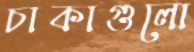
চাকাগুলো